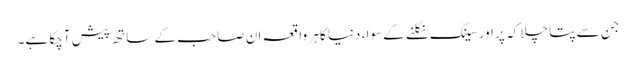
جن سے پتا چلا کہ پر اور سینگ نکلنے کے سوا، دنیا کا ہر واقعہ ان صاحب کے ساتھ پیش آچکا ہے۔